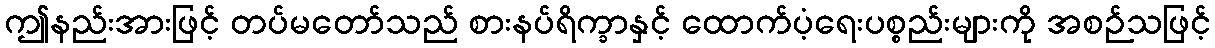
ဤနည်းအားဖြင့် တပ်မတော်သည် စားနပ်ရိက္ခာနှင့် ထောက်ပံ့ရေးပစ္စည်းများကို အစဉ်သဖြင့်